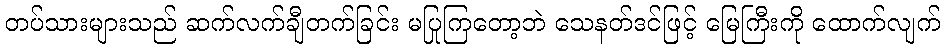
တပ်သားများသည် ဆက်လက်ချီတက်ခြင်း မပြုကြတော့ဘဲ သေနတ်ဒင်ဖြင့် မြေကြီးကို ထောက်လျက်